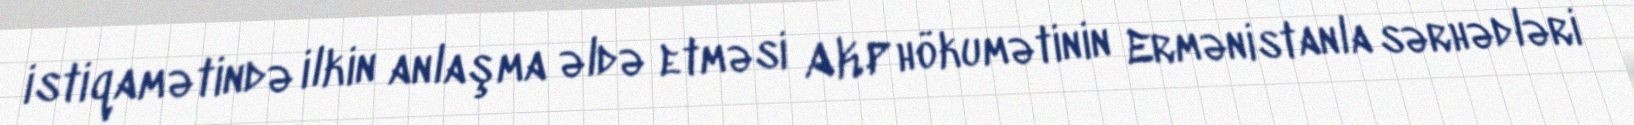
istiqamətində ilkin anlaşma əldə etməsi AKP hökumətinin Ermənistanla sərhədləri